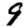
Digit: 9